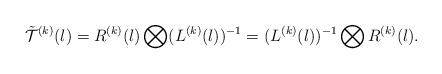
LaTeX: \begin{align*}\tilde{{\cal T}}^{(k)}(l)=R^{(k)}(l)\bigotimes (L^{(k)}(l))^{-1}=(L^{(k)}(l))^{-1}\bigotimes R^{(k)}(l).\end{align*}